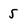
Character: 5